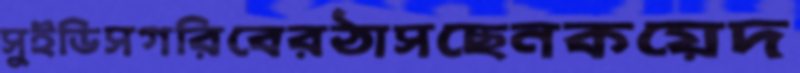
সুইডিসগরিবেরঠাসছেনকয়েদ